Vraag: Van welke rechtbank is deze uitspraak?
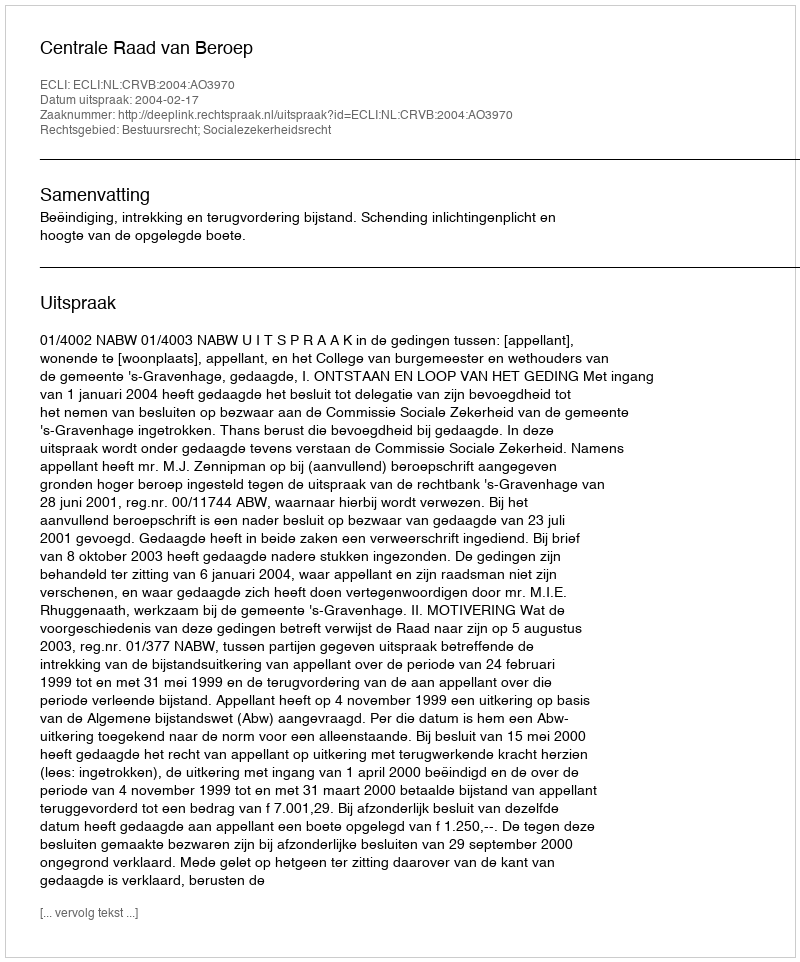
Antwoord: Centrale Raad van Beroep